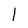
Character: l